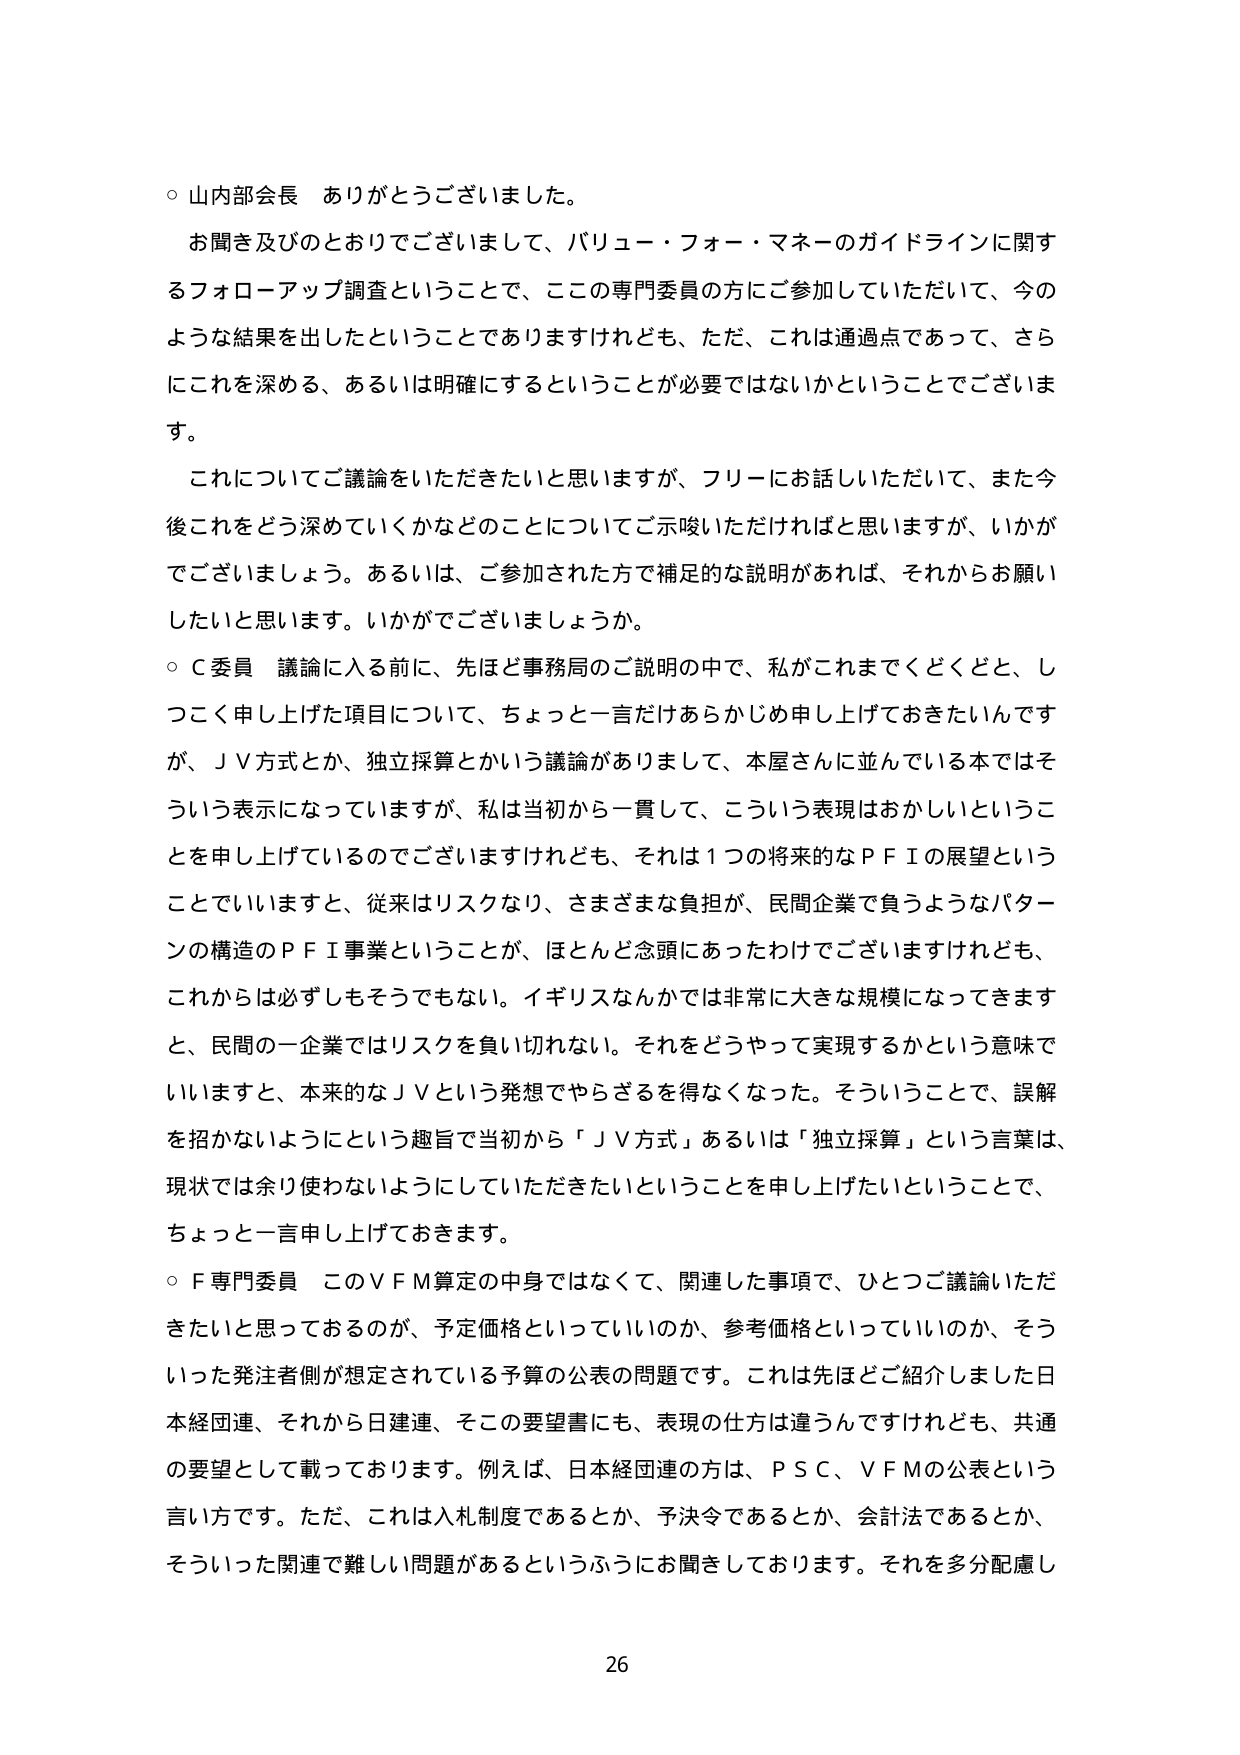
○ 山内部会長 ありがとうございました。

お聞き及びのとおりでございまして、バリュー・フォー・マネーのガイドラインに関するフォローアップ調査ということで、ここの専門委員の方にご参加していただいて、今のような結果を出したということでありますけれども、ただ、これは通過点であって、さらにこれを深める、あるいは明確にするということが必要ではないかということでございます。

これについてご議論をいただきたいと思いますが、フリーにお話しいただいて、また今後これをどう深めていくかなどのことについてご示唆いただければと思いますが、いかがでございましょう。あるいは、ご参加された方で補足的な説明があれば、それからお願いしたいと思います。いかがでございましょうか。

○ C委員 議論に入る前に、先ほど事務局のご説明の中で、私がこれまでくどくどと、しつこく申し上げた項目について、ちょっと一言だけあらかじめ申し上げておきたいんですが、ＪＶ方式とか、独立採算とかいう議論がありまして、本屋さんに並んでいる本ではそういう表示になっていますが、私は当初から一貫して、こういう表現はおかしいということを申し上げているのでございますけれども、それは１つの将来的なＰＦＩの展望ということでいいますと、従来はリスクなり、さまざまな負担が、民間企業で負うようなパターンの構造のＰＦＩ事業ということが、ほとんど念頭にあったわけでございますけれども、これからは必ずしもそうでもない。イギリスなんかでは非常に大きな規模になってきますと、民間の一企業ではリスクを負い切れない。それをどうやって実現するかという意味でいいますと、本来的なＪＶという発想でやらざるを得なくなった。そういうことで、誤解を招かないようにという趣旨で当初から「ＪＶ方式」あるいは「独立採算」という言葉は、現状では余り使わないようにしていただきたいということを申し上げたいということで、ちょっと一言申し上げておきます。

○ F専門委員 このＶＦＭ算定の中身ではなくて、関連した事項で、ひとつご議論いただきたいと思っておるのが、予定価格といっていいのか、参考価格といっていいのか、そういった発注者側が想定されている予算の公表の問題です。これは先ほどご紹介しました日本経団連、それから日建連、そこの要望書にも、表現の仕方は違うんですけれども、共通の要望として載っております。例えば、日本経団連の方は、ＰＳＣ、ＶＦＭの公表という言い方です。ただ、これは入札制度であるとか、予決令であるとか、会計法であるとか、そういった関連で難しい問題があるというふうにお聞きしております。それを多分配慮し

26